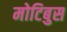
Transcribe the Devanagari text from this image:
मोटिबुस